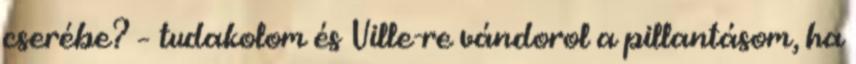
cserébe? – tudakolom és Ville-re vándorol a pillantásom, ha